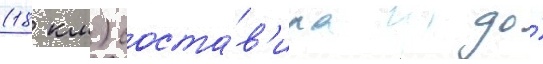
(18 км) соста́в'ила до́